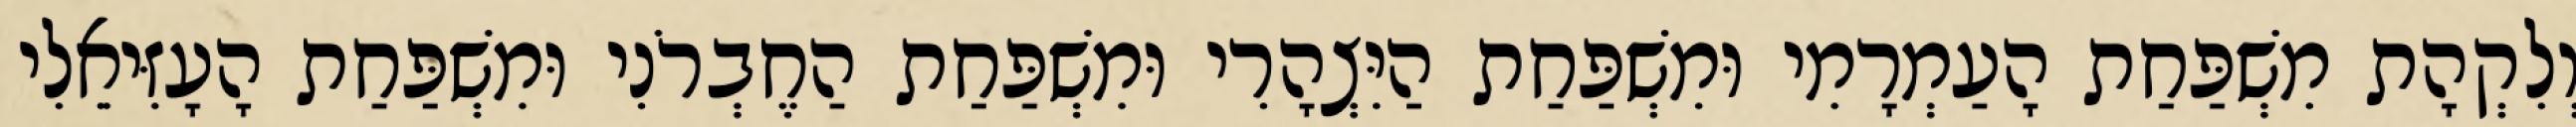
וְלִקְהָת מִשְׁפַּחַת הָעַמְרָמִי וּמִשְׁפַּחַת הַיִּצְהָרִי וּמִשְׁפַּחַת הַחֶבְרֹנִי וּמִשְׁפַּחַת הָעָזִּיאֵלִי